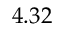
4 . 3 2